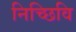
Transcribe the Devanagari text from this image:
निच्छिवि